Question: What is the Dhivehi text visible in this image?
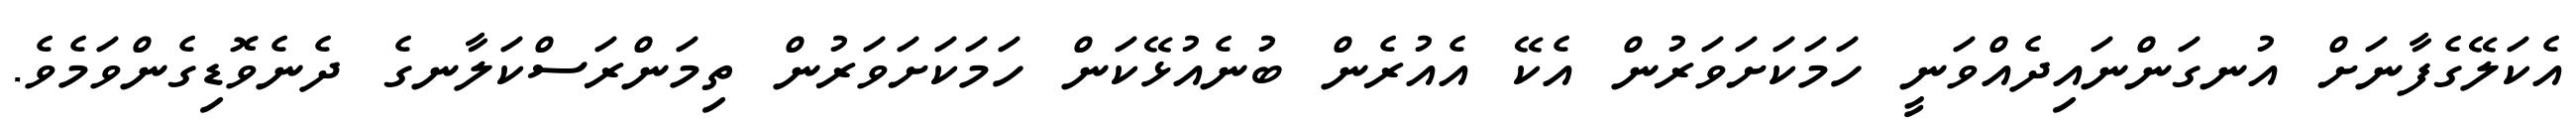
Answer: އެކަލޭގެފާނަށް އުނގަންނައިދެއްވަނީ ހަމަކަށަވަރުން އެކޭ އެއުރެން ބުނެއުޅޭކަން ހަމަކަށަވަރުން ތިމަންރަސްކަލާނގެ ދެނެވޮޑިގެންވަމެވެ.